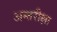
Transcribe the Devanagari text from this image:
अन्तरीक्षा